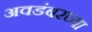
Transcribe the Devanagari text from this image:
अवडंबरच्या